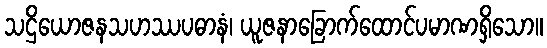
သဌိယောဇနသဟဿပဓာနံ၊ ယူဇနာခြောက်ထောင်ပမာဏရှိသော။